Civil Veterinary Department Bihar reports 1936-40 - 1936-1940
Year: 1936
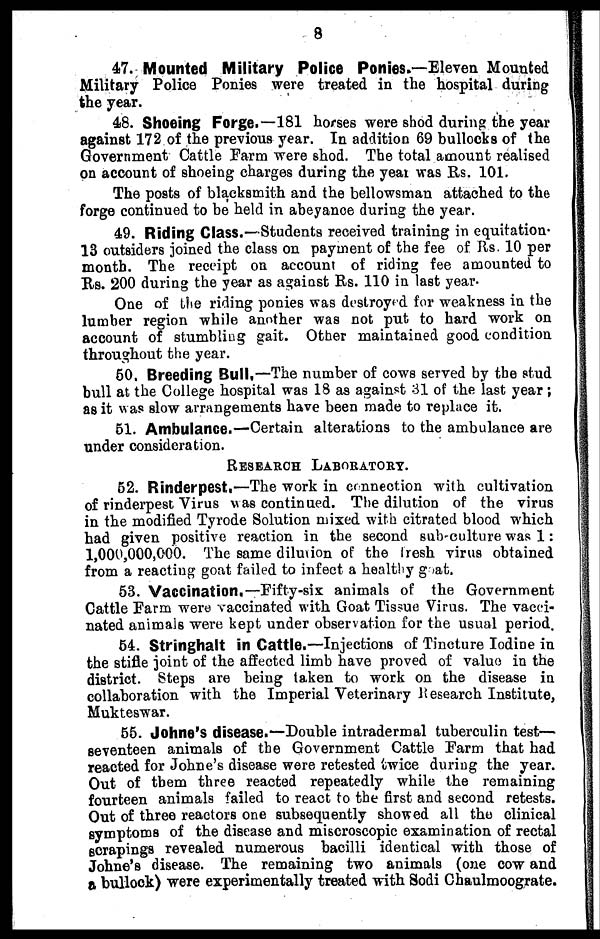
8
47. Mounted Military Police Ponies.—Eleven Mounted
Military Police Ponies were treated in the hospital during
the year.
48. Shoeing Forge.—181 horses were shod during the year
against 172 of the previous year. In addition 69 bullocks of the
Government Cattle Farm were shod. The total amount realised
on account of shoeing charges during the year was Rs. 101.
The posts of blacksmith and the bellowsman attached to the
forge continued to be held in abeyance during the year.
49. Riding Class.—Students received training in equitation.
13 outsiders joined the class on payment of the fee of Rs. 10 per
month. The receipt on account of riding fee amounted to
Rs. 200 during the year as against Rs. 110 in last year.
One of the riding ponies was destroyed for weakness in the
lumber region while another was not put to hard work on
account of stumbling gait. Other maintained good condition
throughout the year.
50. Breeding Bull.—The number of cows served by the stud
bull at the College hospital was 18 as against 31 of the last year;
as it was slow arrangements have been made to replace it.
51. Ambulance.—Certain alterations to the ambulance are
under consideration.
Research Laboratory.
52. Rinderpest.—The work in connection with cultivation
of rinderpest Virus was continued. The dilution of the virus
in the modified Tyrode Solution mixed with citrated blood which
had given positive reaction in the second sub-culture was 1:
1,000,000,000. The same dilution of the fresh virus obtained
from a reacting goat failed to infect a healthy goat.
53. Vaccination.—Fifty-six animals of the Government
Cattle Farm were vaccinated with Goat Tissue Virus. The vacci-
nated animals were kept under observation for the usual period.
54. Stringhalt in Cattle.—Injections of Tincture Iodine in
the stifle joint of the affected limb have proved of value in the
district. Steps are being taken to work on the disease in
collaboration with the Imperial Veterinary Research Institute,
Mukteswar.
55. Johne's disease.—Double intradermal tuberculin test—
seventeen animals of the Government Cattle Farm that had
reacted for Johne's disease were retested twice during the year.
Out of them three reacted repeatedly while the remaining
fourteen animals failed to react to the first and second retests.
Out of three reactors one subsequently showed all the clinical
symptoms of the disease and miscroscopic examination of rectal
scrapings revealed numerous bacilli identical with those of
Johne's disease. The remaining two animals (one cow and
a bullock) were experimentally treated with Sodi Chaulmoograte.